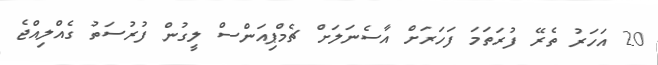
20 އަހަރު ތެރޭ ފުރަތަމަ ފަހަރަށް އާސެނަލަށް ޗެމްޕިއަންސް ލީގުން ފުރުސަތު ގެއްލިއްޖެ